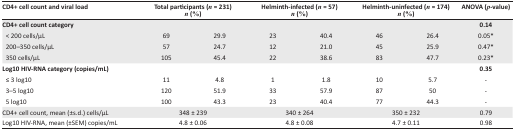
<table><thead><tr><td><b>CD4+ cell count and viral load</b></td><td colspan="2"><b>Total participants (<i>n</i>= 231) <i>n</i>(%)</b></td><td colspan="2"><b>Helminth-infected (<i>n</i>= 57) <i>n</i>(%)</b></td><td colspan="2"><b>Helminth-uninfected (<i>n</i>= 174) <i>n</i>(%)</b></td><td><b>ANOVA (<i>p</i>-value)</b></td></tr></thead><tbody><tr><td><b>CD4+ cell count category</b></td><td></td><td></td><td></td><td></td><td></td><td></td><td><b>0.14</b></td></tr><tr><td> &lt; 200 cells/μL</td><td>69</td><td>29.9</td><td>23</td><td>40.4</td><td>46</td><td>26.4</td><td>0.05*</td></tr><tr><td> 200–350 cells/μL</td><td>57</td><td>24.7</td><td>12</td><td>21.0</td><td>45</td><td>25.9</td><td>0.47*</td></tr><tr><td> 350 cells/μL</td><td>105</td><td>45.4</td><td>22</td><td>38.6</td><td>83</td><td>47.7</td><td>0.23*</td></tr><tr><td><b>Log10 HIV-RNA category (copies/mL)</b></td><td></td><td></td><td></td><td></td><td></td><td></td><td><b>0.35</b></td></tr><tr><td> ≤ 3 log10</td><td>11</td><td>4.8</td><td>1</td><td>1.8</td><td>10</td><td>5.7</td><td>-</td></tr><tr><td> 3–5 log10</td><td>120</td><td>51.9</td><td>33</td><td>57.9</td><td>87</td><td>50</td><td>-</td></tr><tr><td> 5 log10</td><td>100</td><td>43.3</td><td>23</td><td>40.4</td><td>77</td><td>44.3</td><td>-</td></tr><tr><td>CD4+ cell count, mean (±s.d.) cells/μL</td><td colspan="2">348 ± 239</td><td colspan="2">340 ± 264</td><td colspan="2">350 ± 232</td><td>0.79</td></tr><tr><td>Log10 HIV-RNA, mean (±SEM) copies/mL</td><td colspan="2">4.8 ± 0.06</td><td colspan="2">4.8 ± 0.08</td><td colspan="2">4.7 ± 0.11</td><td>0.98</td></tr></tbody></table>